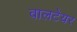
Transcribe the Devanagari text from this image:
वालटेयर